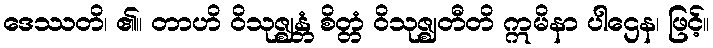
ဒေဿတိ၊ ၏။ တာဟိ ဝိသုဇ္ဈန္တံ စိတ္တံ ဝိသုဇ္ဈတီတိ ဣမိနာ ပါဌေန၊ ဖြင့်။